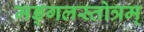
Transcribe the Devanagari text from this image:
मङ्गलस्तोत्रम्